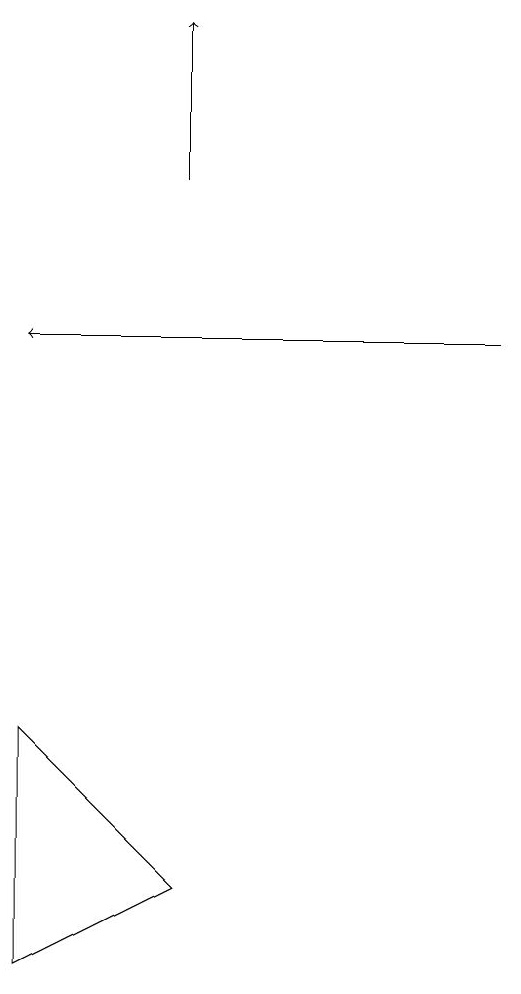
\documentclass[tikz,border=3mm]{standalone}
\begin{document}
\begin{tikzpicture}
\draw[->] (5,12) -- (5,14);
\draw[->] (9,10) -- (3,10);
\draw (3,2) -- (5,3) -- (3,5) -- cycle;
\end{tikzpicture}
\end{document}